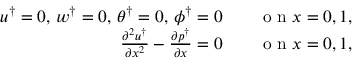
\begin{array} { r l } { u ^ { \dagger } = 0 , \, w ^ { \dagger } = 0 , \, \theta ^ { \dagger } = 0 , \, \phi ^ { \dagger } = 0 \quad } & { { } \mathrm { ~ o ~ n ~ } x = 0 , 1 , } \\ { \frac { \partial ^ { 2 } u ^ { \dagger } } { \partial x ^ { 2 } } - \frac { \partial p ^ { \dagger } } { \partial x } = 0 \quad } & { { } \mathrm { ~ o ~ n ~ } x = 0 , 1 , } \end{array}